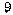
9